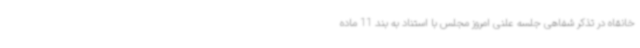
خانقاه در تذکر شفاهی جلسه علنی امروز مجلس با استناد به بند 11 ماده